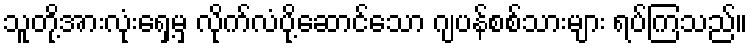
သူတို့အားလုံးရှေ့မှ လိုက်လံပို့ဆောင်သော ဂျပန်စစ်သားများ ရပ်ကြသည်။